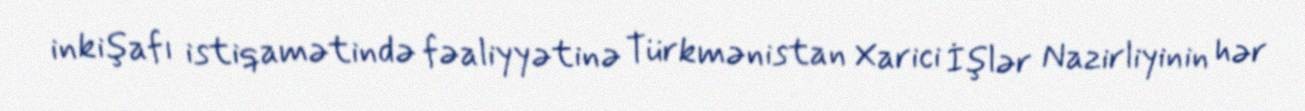
inkişafı istiqamətində fəaliyyətinə Türkmənistan Xarici İşlər Nazirliyinin hər